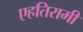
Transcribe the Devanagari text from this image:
एहतिरामी